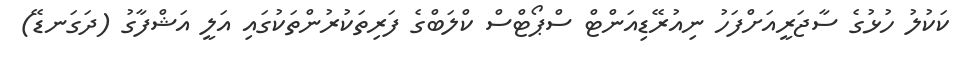
ކަކުލު ހުޅުގެ ސާޖަރީއަށްފަހު ނިއުރޭޑިއަންޓް ސްޕޯޓްސް ކްލަބްގެ ފަރިތަކުރުންތަކުގައި އަލީ އަޝްފާގު (ދަގަނޑޭ)